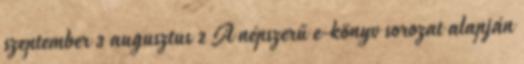
szeptember 3 augusztus 2 A ​​népszerű e-könyv sorozat alapján